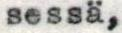
sessä,